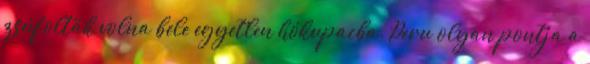
zsúfolták volna bele egyetlen hókupacba. Peru olyan pontja a